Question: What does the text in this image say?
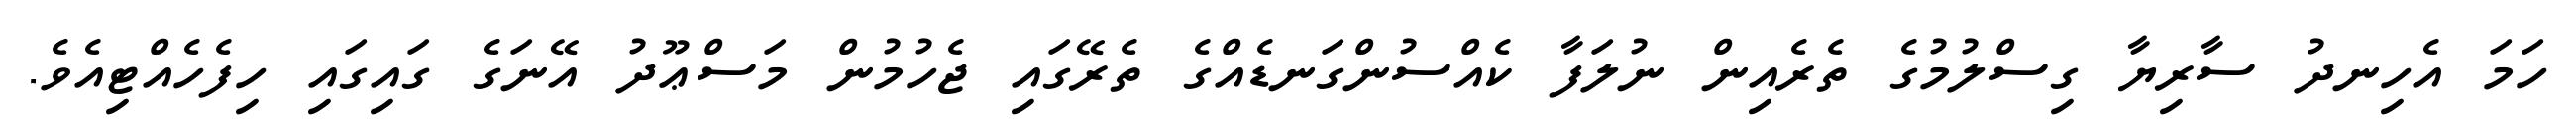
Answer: ހަމަ އެހިނދު ސާރިޔާ ގިސްލުމުގެ ތެރެއިން ނުލަފާ ކެއްސުންގަނޑެއްގެ ތެރޭގައި ޖެހުމުން މަސްޢޫދު އޭނަގެ ގައިގައި ހިފެހެއްޓިއެވެ.